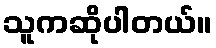
သူကဆိုပါတယ်။